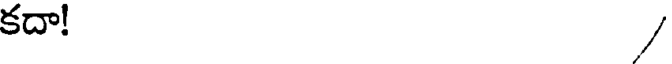
కదా! /